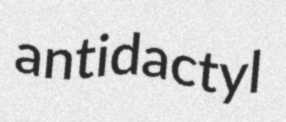
antidactyl